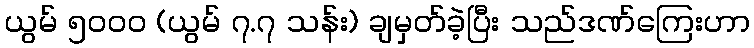
ယွမ် ၅၀ဝဝ (ယွမ် ၇.၇ သန်း) ချမှတ်ခဲ့ပြီး သည်ဒဏ်ကြေးဟာ